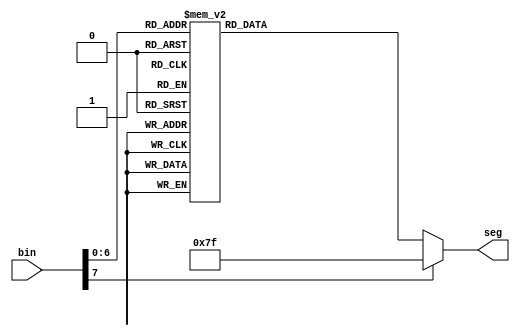
module asc_to_7seg	(bin,seg);
input	[7:0]	bin;
output	[6:0]	seg;
reg		[6:0]	seg;

always @(bin) begin
	
	case(bin)
		8'h0,"0" : seg = 7'b1000000;	//  output = 0 indicates a lit segment
		8'h1,"1" : seg = 7'b1111001;	// ---0---
		8'h2,"2" : seg = 7'b0100100; 	// |	 |
		8'h3,"3" : seg = 7'b0110000; 	// 5	 1
		8'h4,"4" : seg = 7'b0011001; 	// |	 |
		8'h5,"5" : seg = 7'b0010010; 	// ---6---
		8'h6,"6" : seg = 7'b0000010; 	// |	 |
		8'h7,"7" : seg = 7'b1111000; 	// 4	 2
		8'h8,"8" : seg = 7'b0000000; 	// |	 |
		8'h9,"9" : seg = 7'b0011000; 	// ---3---
		8'ha: seg = 7'b0001000;
		8'hb: seg = 7'b0000011;
		8'hc: seg = 7'b1000110;
		8'hd: seg = 7'b0100001;
		8'he: seg = 7'b0000110;
		8'hf: seg = 7'b0001110;

		"a","A" : seg = 7'b0001000;
		"b","B" : seg = 7'b0000011;
		"c","C" : seg = 7'b1000110;
		"d","D" : seg = 7'b0100001;
		"e","E" : seg = 7'b0000110;
		"f","F" : seg = 7'b0001110;
		"g","G" : seg = 7'b0010000;
		"h","H" : seg = 7'b0001011;
		"i","I" : seg = 7'b1111011;
		"j","J" : seg = 7'b1100001;
		"k","K" : seg = 7'b0000111;
		"l","L" : seg = 7'b1000111;
		"m","M" : seg = 7'b0101011;
		"n","N" : seg = 7'b0101011;
		"o","O" : seg = 7'b0100011;
		"p","P" : seg = 7'b0001100;
		"q","Q" : seg = 7'b0011000;
		"r","R" : seg = 7'b0101111;
		"s","S" : seg = 7'b0010010;
		"t","T" : seg = 7'b1001110;
		"u","U" : seg = 7'b1000001;
		"v","V" : seg = 7'b1000000;
		"w","W" : seg = 7'b1000000;		// a couple of letters
		"x","X" : seg = 7'b0001001;		// don't map well.  Show
		"y","Y" : seg = 7'b0011001;		// something anyway.
		"z","Z" : seg = 7'b0100100;

		" " : seg = 7'b1111111;
		"-" : seg = 7'b0111111;
	
		default : seg = 7'b1111111;
	endcase
end

endmodule